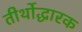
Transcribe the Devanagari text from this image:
तीर्थोद्धारक